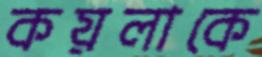
কয়লাকে